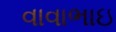
વાવાભાઇ